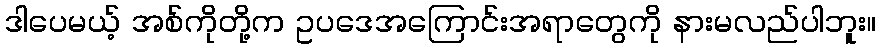
ဒါပေမယ့် အစ်ကိုတို့က ဥပဒေအကြောင်းအရာတွေကို နားမလည်ပါဘူး။